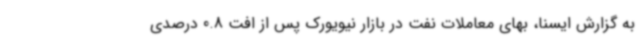
به گزارش ایسنا، بهای معاملات نفت در بازار نیویورک پس از افت 0.8 درصدی